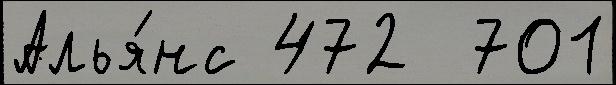
Алья́нс 472  701